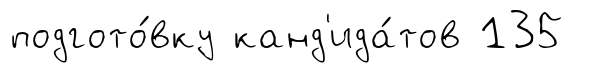
подгото́вку канд'ида́тов 135